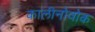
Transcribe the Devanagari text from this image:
कालीनोवोक